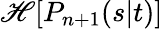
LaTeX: \mathscr{H}[P_{n+1}(s|t)]